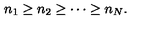
n _ { 1 } \ge n _ { 2 } \ge \cdots \ge n _ { N } .